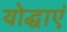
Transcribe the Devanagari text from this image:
योद्धाएं